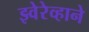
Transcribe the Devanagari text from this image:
झ्वेरेव्हाने